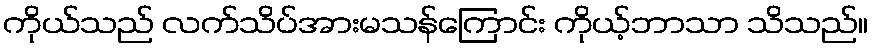
ကိုယ်သည် လက်သိပ်အားမသန်ကြောင်း ကိုယ့်ဘာသာ သိသည်။